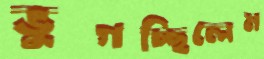
ভুগচ্ছিলেম